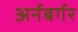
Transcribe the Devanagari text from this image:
अर्नबर्गर